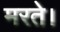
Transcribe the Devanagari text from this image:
मरते।